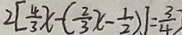
2 [ \frac { 4 } { 3 } x - ( \frac { 2 } { 3 } x - \frac { 1 } { 2 } ) ] = \frac { 3 } { 4 } )